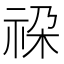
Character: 𮁳